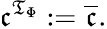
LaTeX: \mathfrak{c}^{{\mathfrak{{T}}}_{\Phi}}:={\overline{{{\mathfrak{c}}}}}.